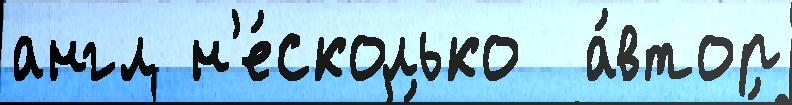
англ н'е́сколько  а́втор